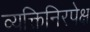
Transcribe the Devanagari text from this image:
व्यक्तिनिरपेक्ष